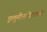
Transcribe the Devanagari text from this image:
इलुमीनटीडायमंड